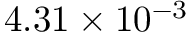
4 . 3 1 \times 1 0 ^ { - 3 }